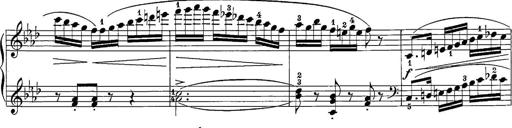
Title: 12 Sonatine per Pianoforte
Composer: Friedrich Kuhlau